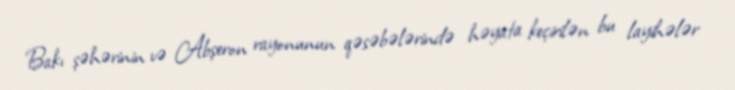
Bakı şəhərinin və Abşeron rayonunun qəsəbələrində həyata keçirilən bu layihələr